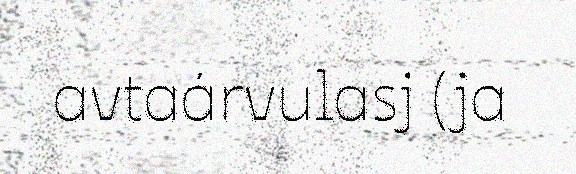
avtaárvulasj (ja